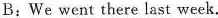
B:We went there last week.